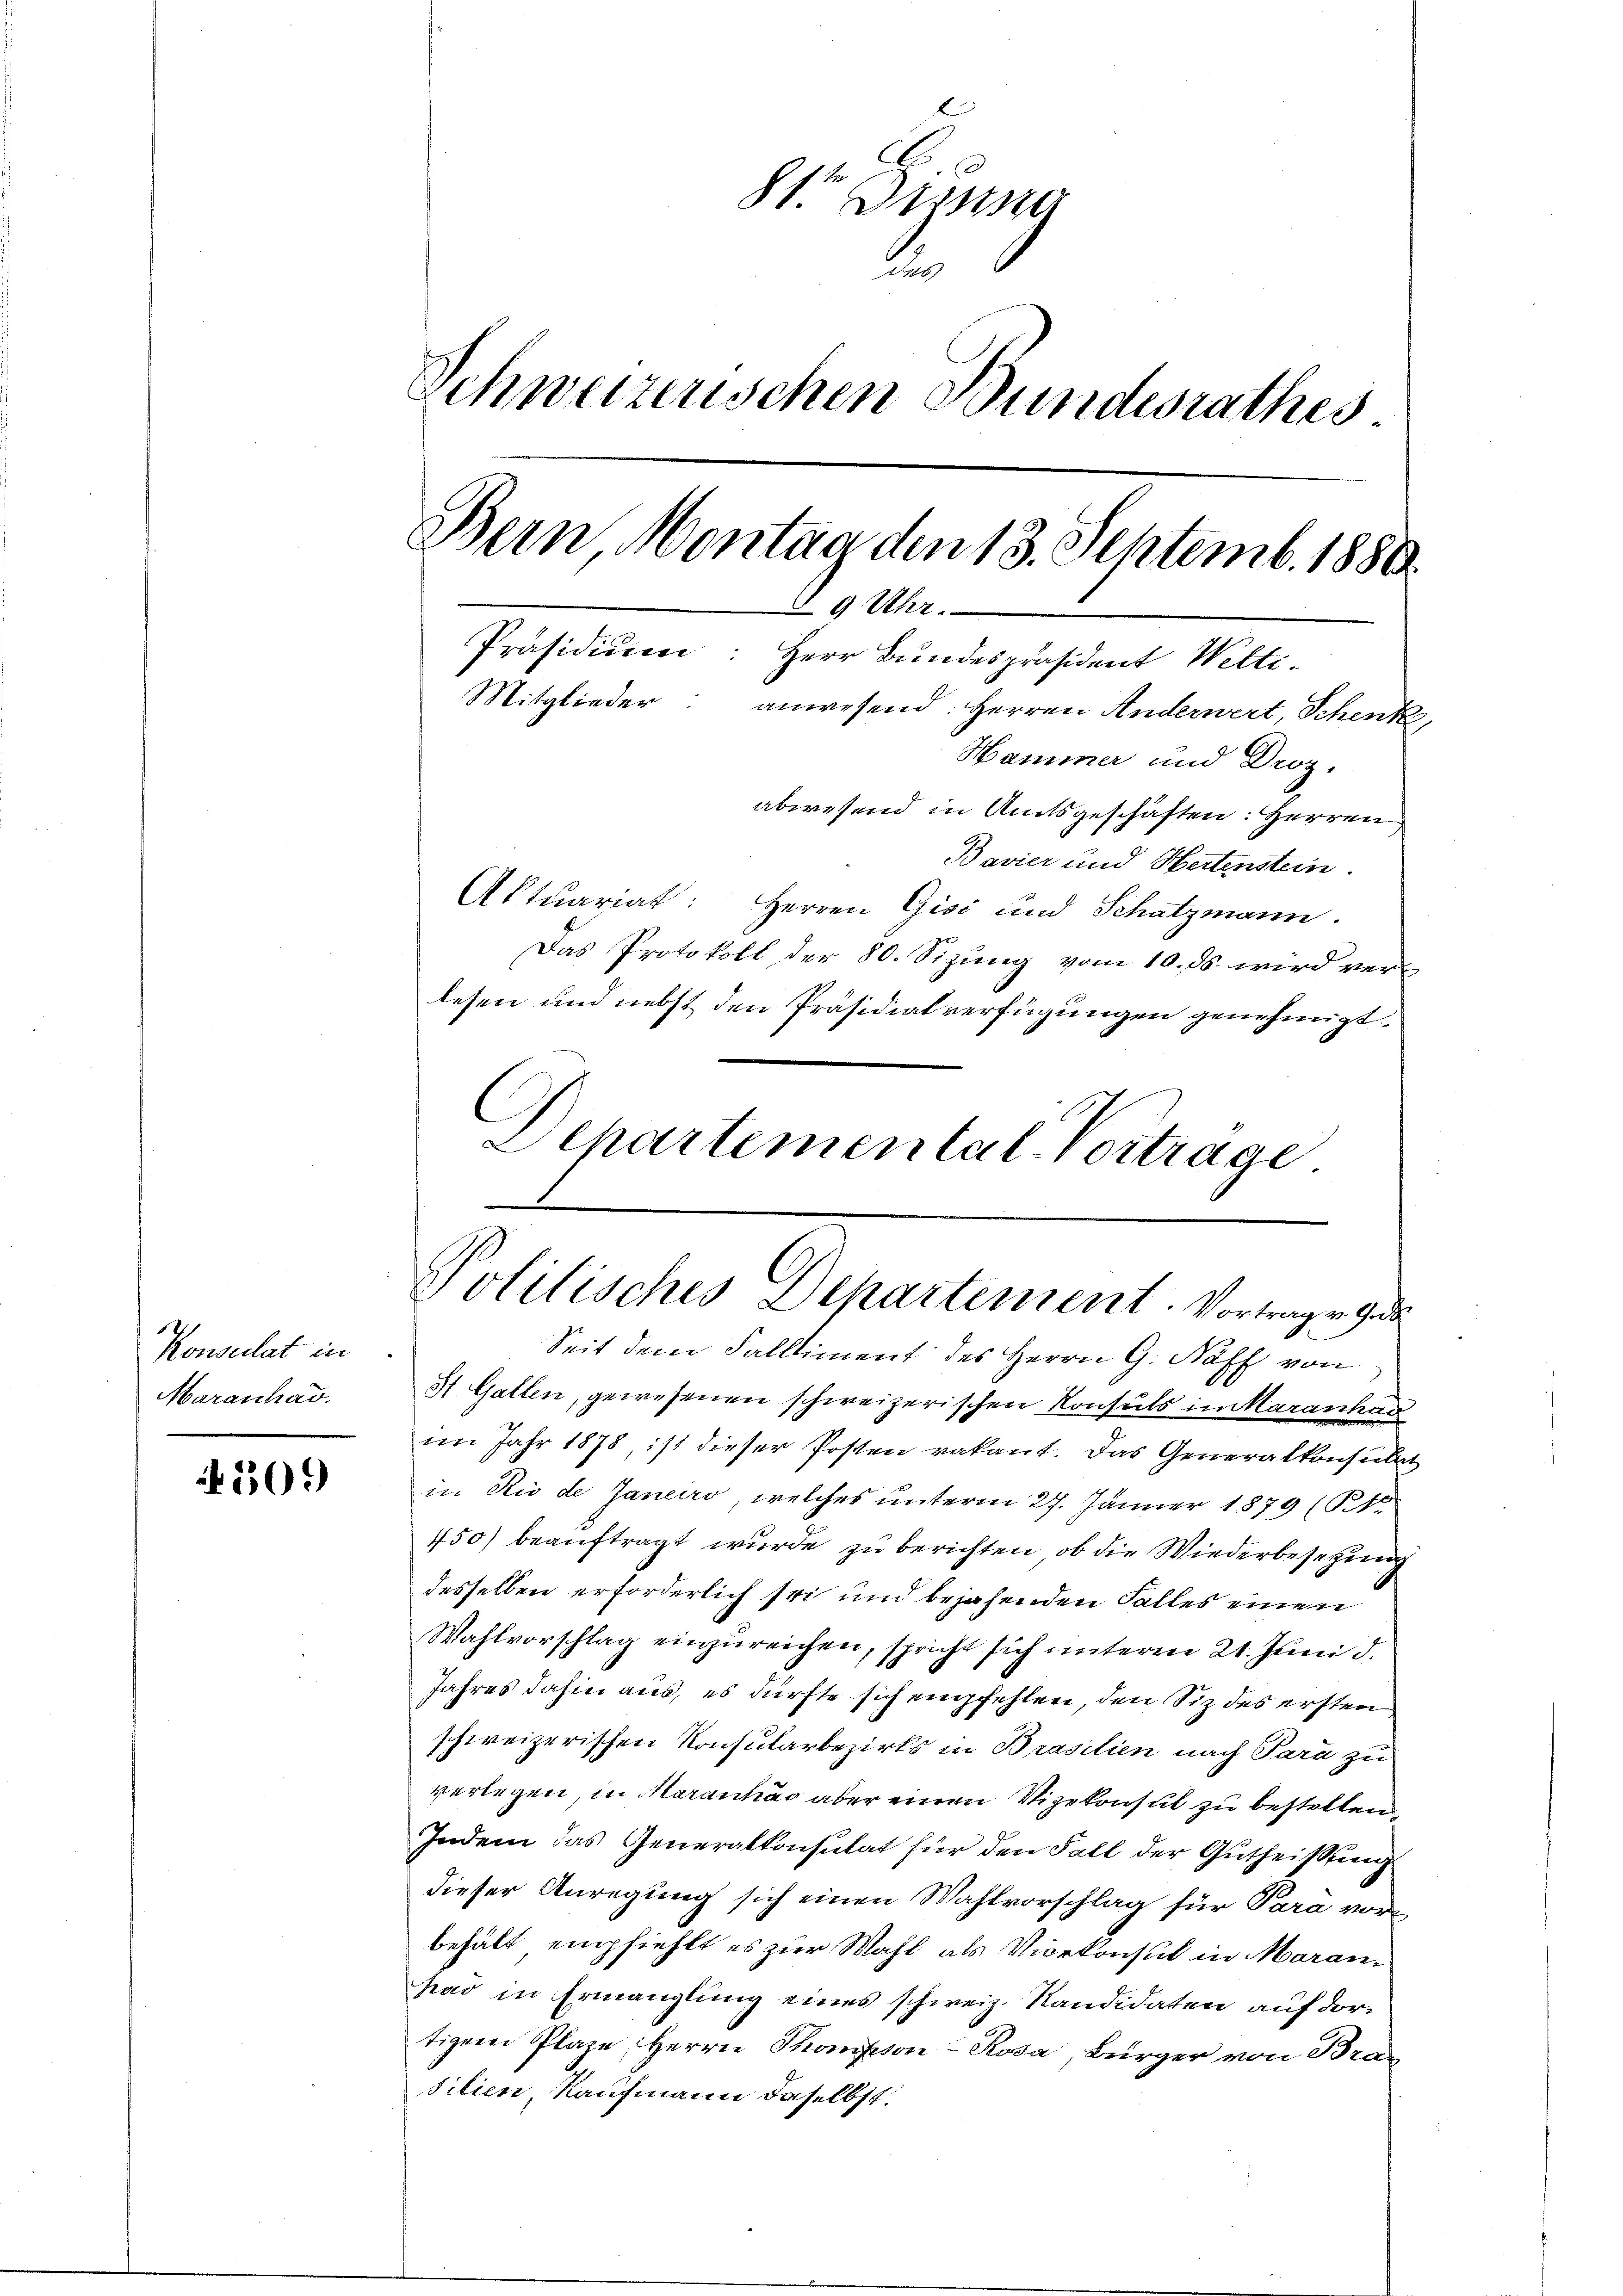
Konsulat in
Maranhad.

509)

8te Dissene
l
Schweizerischen Bundesrathes
Bern, Montag den 13. Septemb. 1880.
 9 Uhr.
Präsidium: Herr Bundespräsident Welti.
Mitglieder: anwesend: Herren Anderwert Schenk,
Hammer und Droz.
abwesend in Amtsgeschäften: Herren
Bavier und Hertenstein.

Aktuariat: Herren Gisi und Schatzmann.
Das Protokoll der 80. Sizung vom 10. ds. wird verlesen und nebst den Präsidialverfügungen genehmigt
Separtemental-Vortrage.

Politisches Departement. Vortragen Geda

Seit dem Falliment des Herrn G. Näff von
St. Gallen, gewesenen schweizerischen Konsuls im Karanhau
im Jahr 1878, ist dieser Posten vakant. Das Generalkonsulat
in Rio de Janeiro, welches unterm 27. Jänner 1879 (1
150) beauftragt wurde zu berichten, ob die Wiederbesetzung
desselben erforderlich sei und bejahenden Falles einen
Wahlvorschlag einzureichen, spricht sich unterm 21. Juni d.
Jahres dahin aus, es dürfte sich empfehlen, den Siz des ersten
schweizerischen Konsularbezirks in Brasilien nach Para zu
verlegen, in Marantas aber einen Vizekonsul zu bestellen
Indem das Generalkonsulat für den Fall der Gutheissung
dieser Anregung sich einen Wahlvorschlag für Para vorbehält empfiehlt es zur Wahl als Vicekonsul in Aarauhad in Ermanglung eines schweiz. Kandidaten auf dortigem Plaze, Herrn Thompson - Rosa, Bürger von Bra-
silien, Kaufmann daselbst.